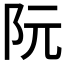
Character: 阮